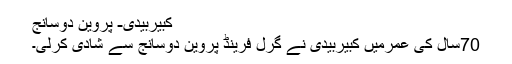
کبیربیدی- پروین دوسانج
70سال کی عمرمیں کبیربیدی نے گرل فرینڈ پروین دوسانج سے شادی کرلی۔